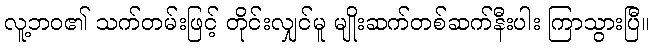
လူ့ဘဝ၏ သက်တမ်းဖြင့် တိုင်းလျှင်မူ မျိုးဆက်တစ်ဆက်နီးပါး ကြာသွားပြီ။